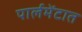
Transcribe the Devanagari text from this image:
पार्लमेंटात